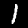
Digit: 1